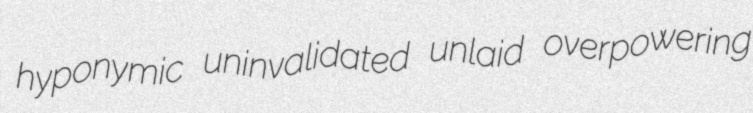
hyponymic uninvalidated unlaid overpowering